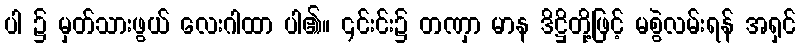
ပါ ၌ မှတ်သားဖွယ် လေးဂါထာ ပါ၏။ ၎င်းင်း၌ တဏှာ မာန ဒိဋ္ဌိတို့ဖြင့် မစွဲလမ်းရန် အရှင်